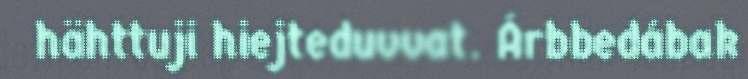
hähttuji hiejteduvvat. Árbbedábak